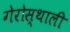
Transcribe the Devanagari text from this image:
गेरोस्थाली